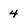
Character: 4